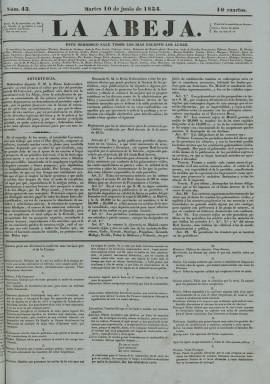
Título: La Abeja (Madrid)
Colección: Periódicos anteriores a 1850
Ámbito geográfico: Madrid
Lugar de publicación: Madrid
Fechas: 10/06/1834-30/05/1836

Isabel, orden y libertad es la divisa de este diario progubernamental que, como continuación de El Universal, nació para defender el trono de la niña Isabel II y su madre la Regente María Cristina contra el carlismo ya levantado en armas.

   De ideario moderado y pragmático, este periódico pasa por ser el exponente del romanticismo en la prensa de la década de 1830 además de ser el órgano oficioso del Gobierno presidido por Francisco Martínez de la Rosa, quien triunfaba precisamente en el teatro el año que salió el periódico (1834) con su obra de inspiración romántica La conjuración de Venecia.

En su primer número, La Abeja publicó el Reglamento que desarrollaba el Decreto sobre la censura, que restringía considerablemente la libertad de prensa, lo que da idea de su posición cercana al poder, aunque también hace alarde de su independencia de criterio: "Ni se crea que todo han de ser flores en nuestro periódico porque nos ha dado la humorada de llamarlo Abeja, que espinas habrá también y aguijonazos para malsines y egoístas. Somos tolerantes y pacíficos por índole y por principios, pero no nos haremos tan de miel que se nos coman las moscas."

El diario, de cuatro páginas y con información predominantemente política, tanto del interior como del exterior, era dirigido por Joaquín Francisco Pacheco, que llegaría a ser presidente del Gobierno. La conjunción de periodismo y política era lo corriente en la época y así ocurrió con gran parte de la excelente nómina de redactores de la publicación, como Bravo Murillo, Ríos Rosas, Donoso Cortés y otros, todos ellos jóvenes que harían años después una brillante carrera política.

   El periódico era tan mimado por el Gobierno que se le condonó una multa de 4.000 reales en la que había incurrido por la publicación de un artículo que no había pasado previamente por la censura, y en el tránsito a 1835 llegó a involucrarse en la lucha de poder interna dentro del Gobierno de Martínez de la Rosa, según cuenta Javier Pérez Núñez en su obra Entre el Ministerio de Fomento y el de la Gobernación. Los delegados gubernativos de Madrid en la transición a la Monarquía constitucional, 1832-1836.

Furibundamente anticarlista, La Abeja criticó al poco de su aparición la posición del Papa por no reconocer a la Reina legítima y ya con el Gobierno de Álvarez Mendizábal arremetió contra la Compañía de Jesús y celebró la definitiva desaparición del Tribunal de la Inquisición.

El periódico se publicó hasta el 31 de mayo de 1836, cuando su director decidió cerrarlo para fundar un periódico más informativo que doctrinario que pudiera atraer a más lectores. Este diario fue La Ley, de vida muy corta pues sólo se publicó durante dos meses y medio y desapareció en medio de las turbulencias originadas por el llamado Motín de la Granja del verano de 1836.

[Descripción publicada el 26/04/2023]